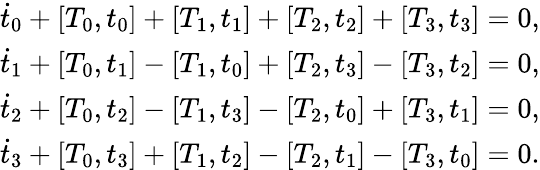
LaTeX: \begin{array}{c}{{\dot{t}_{0}+[T_{0},t_{0}]+[T_{1},t_{1}]+[T_{2},t_{2}]+[T_{3},t_{3}]=0,}}\\ {{\dot{t}_{1}+[T_{0},t_{1}]-[T_{1},t_{0}]+[T_{2},t_{3}]-[T_{3},t_{2}]=0,}}\\ {{\dot{t}_{2}+[T_{0},t_{2}]-[T_{1},t_{3}]-[T_{2},t_{0}]+[T_{3},t_{1}]=0,}}\\ {{\dot{t}_{3}+[T_{0},t_{3}]+[T_{1},t_{2}]-[T_{2},t_{1}]-[T_{3},t_{0}]=0.}}\end{array}